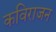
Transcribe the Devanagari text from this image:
कविराजन